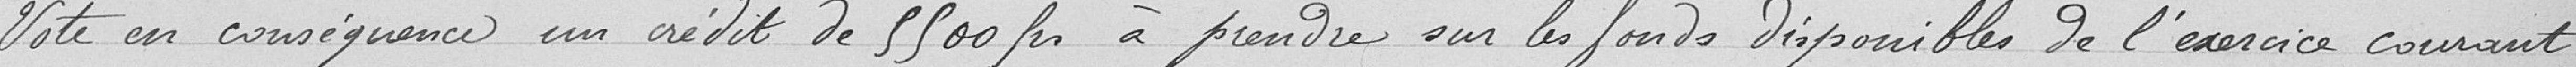
Vote en conséquence un crédit de 5500 Fr. à prendre sur les fonds disponibles de l'exercice courant.